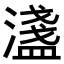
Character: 𬉉